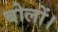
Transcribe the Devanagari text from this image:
बोलों।